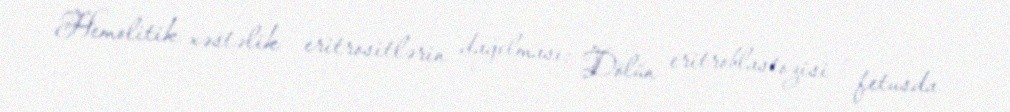
Hemolitik xəstəlik - eritrositlərin dağılması; Dölün eritroblastozisi - fetusda